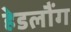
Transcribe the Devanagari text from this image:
हेडलौंग